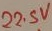
Text: 22.5V